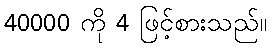
40000 ကို 4 ဖြင့်စားသည်။